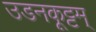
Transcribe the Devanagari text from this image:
उडनकूट्टम्